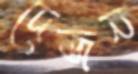
দেজন